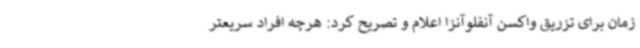
زمان برای تزریق واکسن آنفلوآنزا اعلام و تصریح کرد: هرچه افراد سریعتر